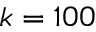
k = 1 0 0